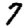
Digit: 7